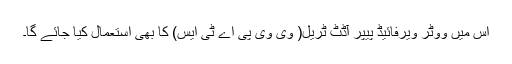
اس میں ووٹر ویرفائیڈ پیپر آڈٹ ٹریل( وی وی پی اے ٹی ایس) کا بھی استعمال کیا جائے گا۔